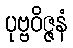
ပုဗ္ဗဝိဇ္ဇနံ